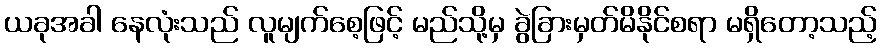
ယခုအခါ နေလုံးသည် လူမျက်စေ့ဖြင့် မည်သို့မှ ခွဲခြားမှတ်မိနိုင်စရာ မရှိတော့သည့်